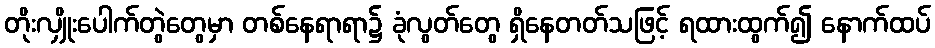
တိုးလျှိုးပေါက်တွဲတွေမှာ တစ်နေရာရာ၌ ခုံလွတ်တွေ ရှိနေတတ်သဖြင့် ရထားထွက်၍ နောက်ထပ်